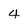
Character: 4